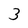
Character: 3